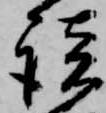
談